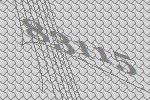
83115